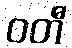
ဝတီ